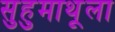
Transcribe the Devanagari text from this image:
सुहुमाथूला